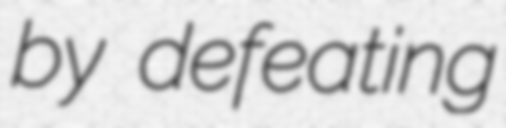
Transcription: by defeating